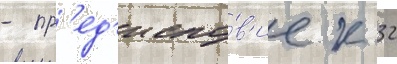
- пр'ед'исло́в'ие к 32